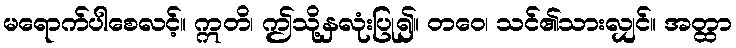
မရောက်ပါစေလင့်။ ဣတိ၊ ဤသို့နှလုံးပြု၍။ တဝေ၊ သင်၏သားလျှင်။ အတ္ထာ